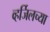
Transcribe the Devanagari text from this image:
व्हर्जिलच्या